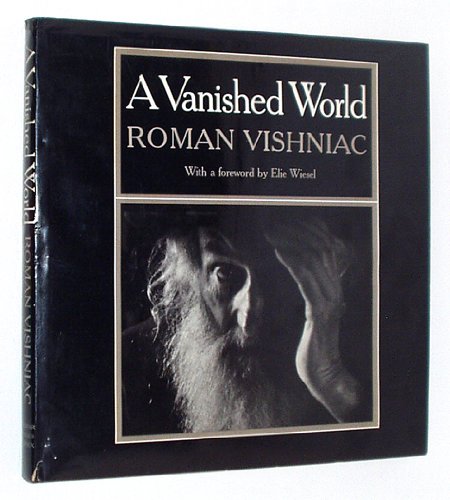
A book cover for A Vanished World; Roman Vishniac; Religion & Spirituality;